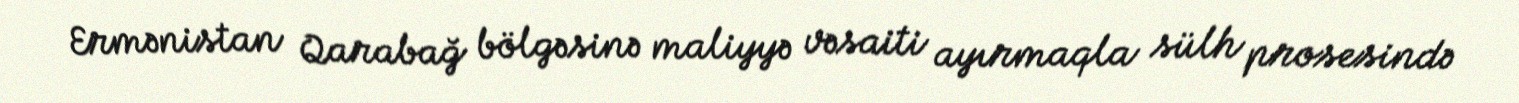
Ermənistan Qarabağ bölgəsinə maliyyə vəsaiti ayırmaqla sülh prosesində